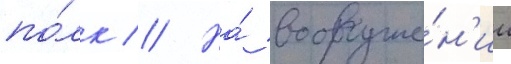
по́лк // На́ вооруже́н'ии